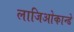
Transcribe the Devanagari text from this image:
लाजिओकान्डे